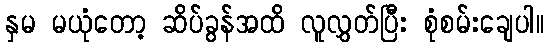
နှမ မယုံတော့ ဆိပ်ခွန်အထိ လူလွှတ်ပြီး စုံစမ်းချေပါ။